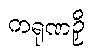
ကရုဏဉှိ